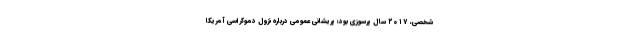
شخصی، ۲۰۱۷ سال پرسوزی بود؛ پریشانی عمومی دربارهٔ نزول دموکراسی آمریکا